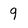
Character: 9